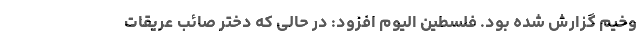
وخیم گزارش شده بود. فلسطین الیوم افزود: در حالی که دختر صائب عریقات